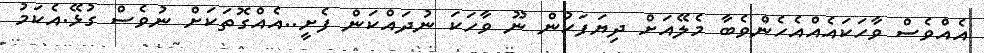
އެއްވެސް ވާހަކައެއްއެހެންވެބާ މެލޭއަށް ދިޔަފަހުން ނޫ ވާހަކަ ނުދައްކަން ފެށީ..އެއްގޮތަކަށް ނުވެސް ގުޅޭ.އެކަމު